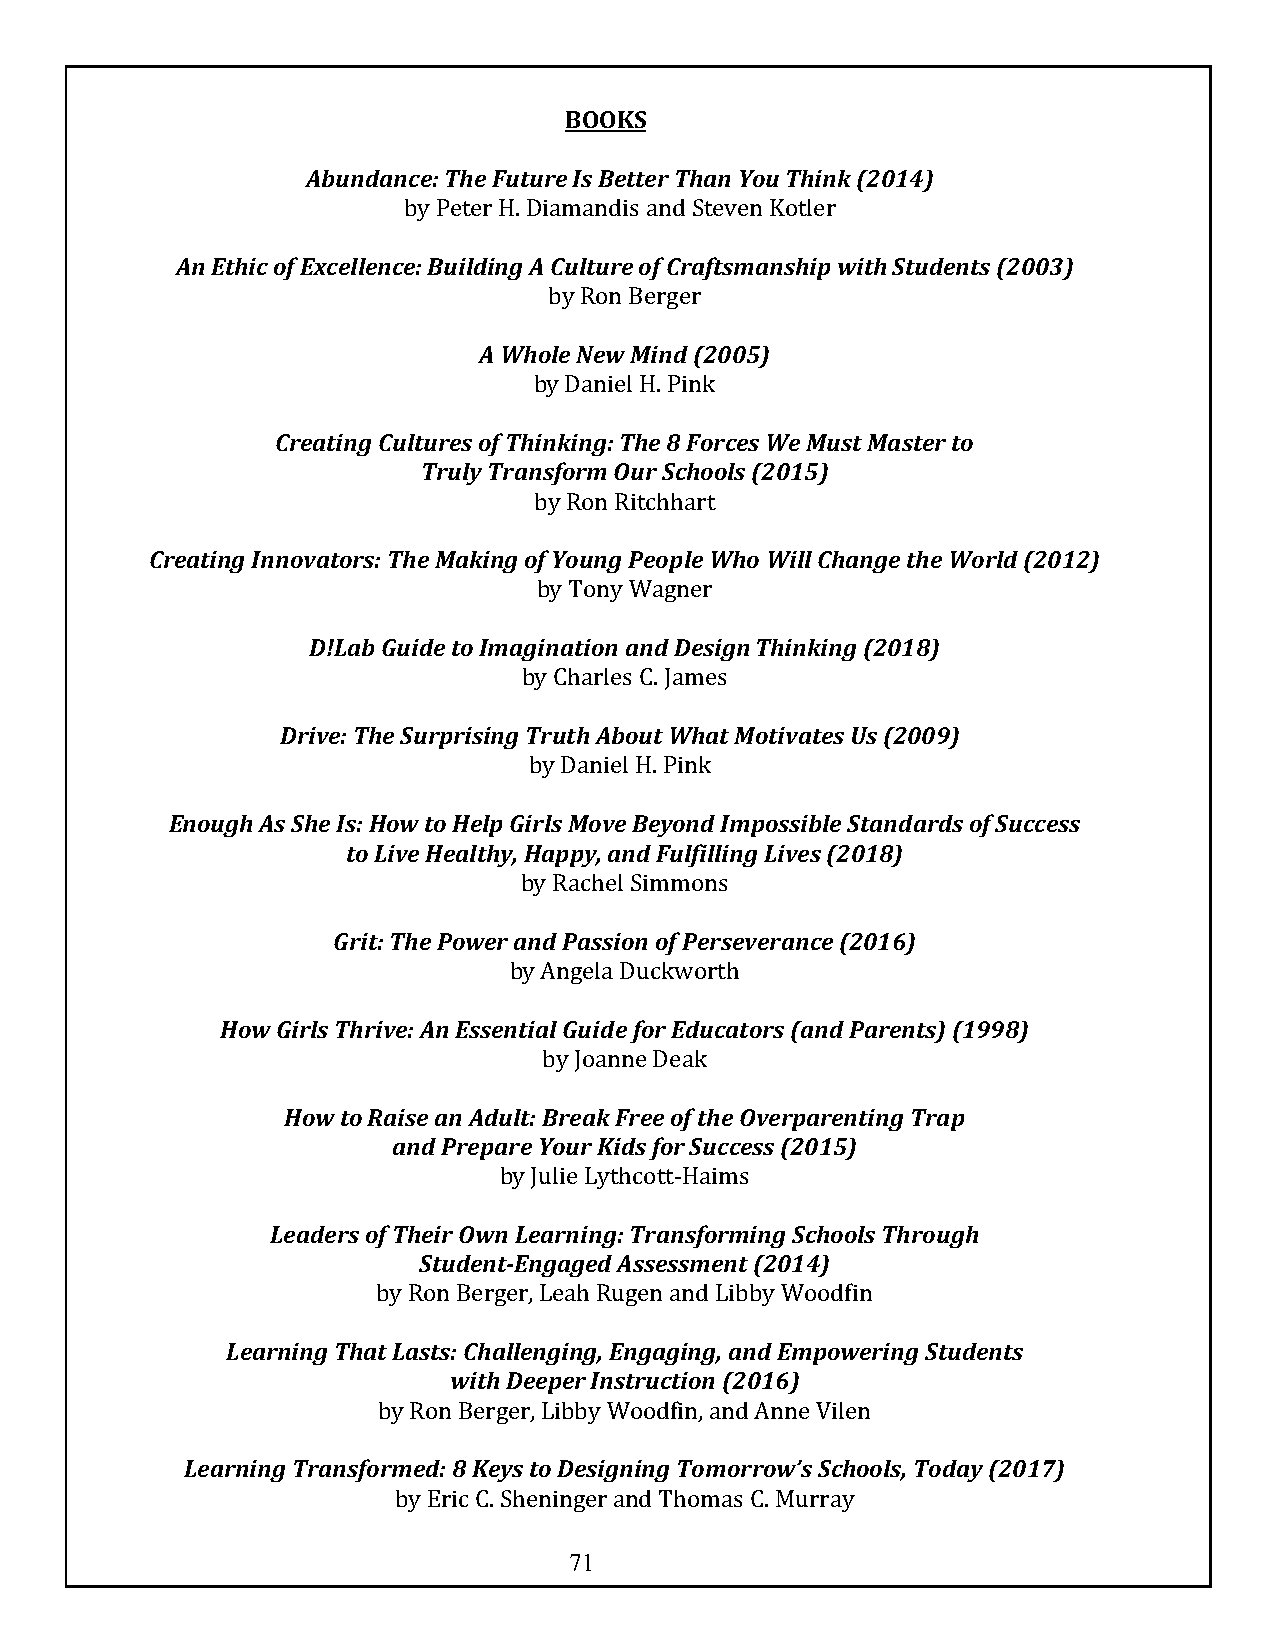
BOOKS
 Abundance: The Future Is Better Than You Think (2014)
 by Peter H. Diamandis and Steven Kotler
 An Ethic of Excellence: Building A Culture of Craftsmanship with Students (2003)
 by Ron Berger
 A Whole New Mind (2005)
 by Daniel H. Pink
 Creating Cultures of Thinking: The 8 Forces We Must Master to
 Truly Transform Our Schools (2015)
 by Ron Ritchhart
 Creating Innovators: The Making of Young People Who Will Change the World (2012)
 by Tony Wagner
 D!Lab Guide to Imagination and Design Thinking (2018)
 by Charles C. James
 Drive: The Surprising Truth About What Motivates Us (2009)
 by Daniel H. Pink
 Enough As She Is: How to Help Girls Move Beyond Impossible Standards of Success
 to Live Healthy, Happy, and Fulfilling Lives (2018)
 by Rachel Simmons
 Grit: The Power and Passion of Perseverance (2016)
 by Angela Duckworth
 How Girls Thrive: An Essential Guide for Educators (and Parents) (1998)
 by Joanne Deak
 How to Raise an Adult: Break Free of the Overparenting Trap
 and Prepare Your Kids for Success (2015)
 by Julie Lythcott-Haims
 Leaders of Their Own Learning: Transforming Schools Through
 Student-Engaged Assessment (2014)
 by Ron Berger, Leah Rugen and Libby Woodfin
 Learning That Lasts: Challenging, Engaging, and Empowering Students
 with Deeper Instruction (2016)
 by Ron Berger, Libby Woodfin, and Anne Vilen
 Learning Transformed: 8 Keys to Designing Tomorrow’s Schools, Today (2017)
 by Eric C. Sheninger and Thomas C. Murray
 71